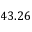
4 3 . 2 6